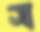
স